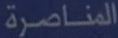
المناصرة